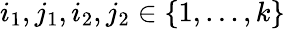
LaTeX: i_{1},j_{1},i_{2},j_{2}\in\{ 1,\ldots,k\}